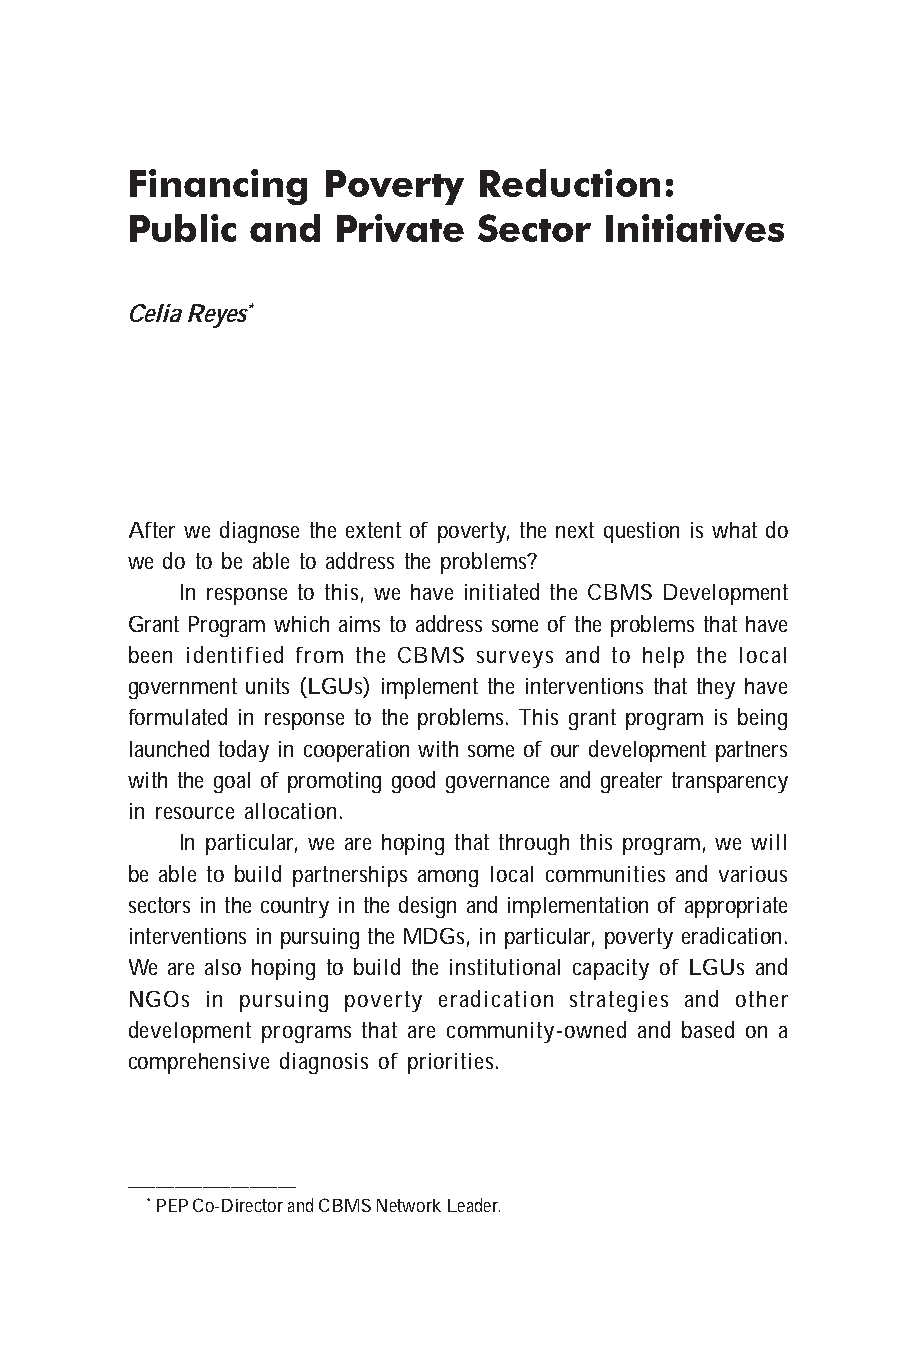
Financing    Poverty    Reduction:
 Public  and   Private   Sector  Initiatives
 Celia Reyes*
 After we diagnose the extent of poverty, the next question is what do
 we do to be able to address the problems?
 In response to this, we have initiated the CBMS Development
 Grant Program which aims to address some of the problems that have
 been identified from the CBMS surveys and to help the local
 government units (LGUs) implement the interventions that they have
 formulated in response to the problems. This grant program is being
 launched today in cooperation with some of our development partners
 with the goal of promoting good governance and greater transparency
 in resource allocation.
 In particular, we are hoping that through this program, we will
 be able to build partnerships among local communities and various
 sectors in the country in the design and implementation of appropriate
 interventions in pursuing the MDGs, in particular, poverty eradication.
 We are also hoping to build the institutional capacity of LGUs and
 NGOs  in pursuing poverty eradication strategies and other
 development programs that are community-owned and based on a
 comprehensive diagnosis of priorities.
 __________________
 * PEP Co-Director and CBMS Network Leader.